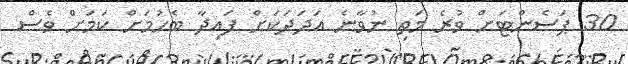
30 ޕަސެންޓަށް ވުރެ މަތި ނުވާނެ އަދަދަކަށް ފައިދާ ބެހުމަށް ކަމަށް ވެސް